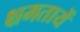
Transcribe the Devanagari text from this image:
क्षमतायें